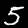
Label: 5